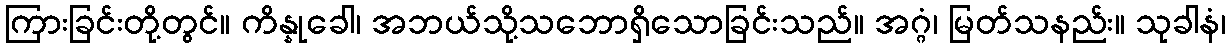
ကြားခြင်းတို့တွင်။ ကိန္နုခေါ၊ အဘယ်သို့သဘောရှိသောခြင်းသည်။ အဂ္ဂံ၊ မြတ်သနည်း။ သုခါနံ၊